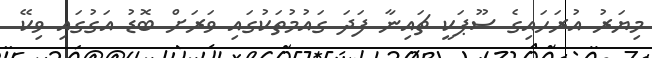
މިޔަރު އުރަހައިގެ ސޫޕަކީ ޗައިނާ ފަދަ ގައުމުތަކުގައި ވަރަށް ބޮޑު އަގުގައި ވިކޭ